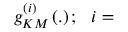
g _ { K M } ^ { \left( i \right) } \left( . \right) ; \ \ i =